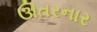
ઊતરનાર